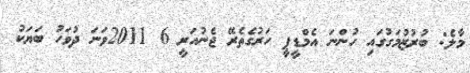
މާލެ: ބުރުޒުމަގުގައި ހުންނަ އެމްޑީޕީ ހަރުގެތެރޭ ޖެނުއަރީ 6 2011ވަނަ ދުވަހު ބަޔަކު